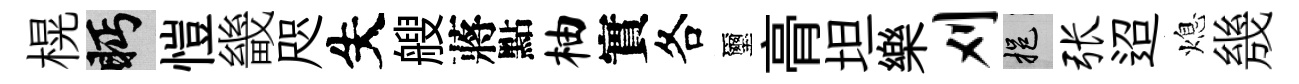
榥眄愷畿咫失艘蔣點柚實各璽𮌔坦樂刈挹张迢熄㡬